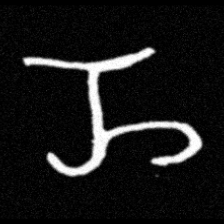
Pyu character \u2014 Myanmar letter: ည (romanized: nya)